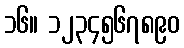
၁၆။ ၁၂၃၄၅၆၇၈၉၀